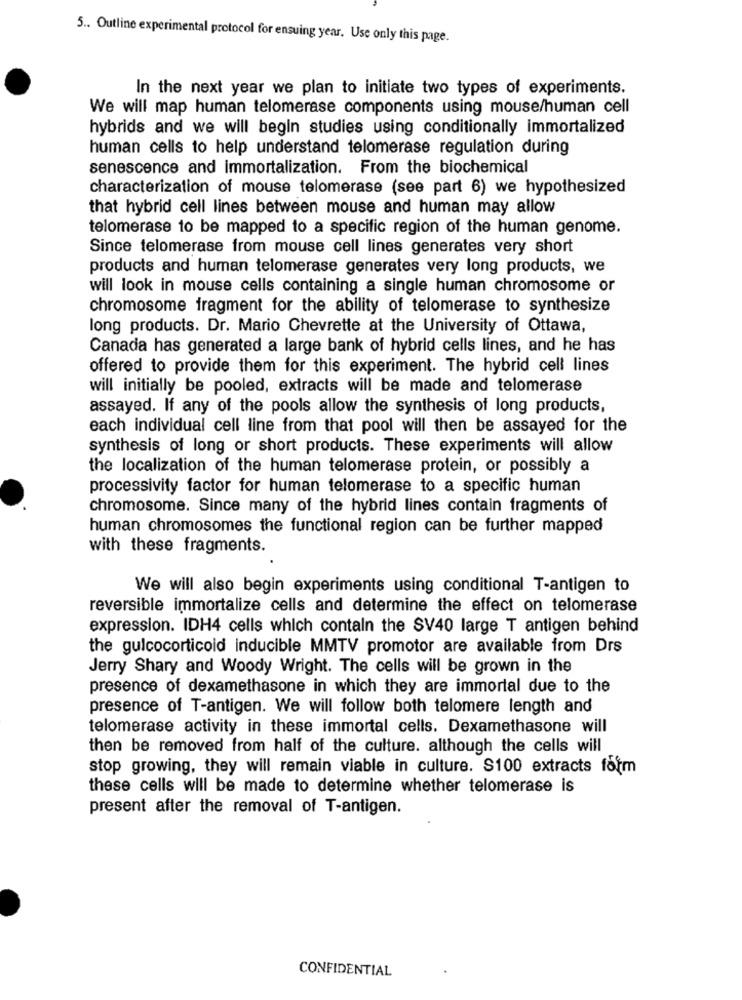
5 .. Outline experimental protocol for ensuing year. Use only this page.
In the next year we plan to initiate two types of experiments.
We will map human telomerase components using mouse/human cell
hybrids and we will begin studies using conditionally immortalized
human cells to help understand telomerase regulation during
senescence and immortalization. From the biochemical
characterization of mouse telomerase (see part 6) we hypothesized
that hybrid cell lines between mouse and human may allow
telomerase to be mapped to a specific region of the human genome.
Since telomerase from mouse cell lines generates very short
products and human telomerase generates very long products, we
will look in mouse cells containing a single human chromosome or
chromosome fragment for the ability of telomerase to synthesize
long products. Dr. Mario Chevrette at the University of Ottawa,
Canada has generated a large bank of hybrid cells lines, and he has
offered to provide them for this experiment. The hybrid cell lines
will initially be pooled, extracts will be made and telomerase
assayed. If any of the pools allow the synthesis of long products,
each individual cell line from that pool will then be assayed for the
synthesis of long or short products. These experiments will allow
the localization of the human telomerase protein, or possibly a
processivity factor for human telomerase to a specific human
chromosome. Since many of the hybrid lines contain fragments of
human chromosomes the functional region can be further mapped
with these fragments.
We will also begin experiments using conditional T-antigen to
reversible immortalize cells and determine the effect on telomerase
expression. IDH4 cells which contain the SV40 large T antigen behind
the gulcocorticoid inducible MMTV promotor are available from Drs
Jerry Shary and Woody Wright. The cells will be grown in the
presence of dexamethasone in which they are immortal due to the
presence of T-antigen. We will follow both telomere length and
telomerase activity in these immortal cells. Dexamethasone will
then be removed from half of the culture. although the cells will
stop growing, they will remain viable in culture. S100 extracts form
these cells will be made to determine whether telomerase is
present after the removal of T-antigen.
CONFIDENTIAL